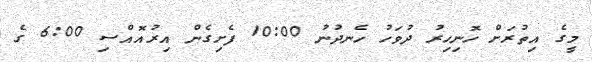
މީގެ އިތުރަށް ހޮނިހިރު ދުވަހު ހެނދުނު 10:00 ފެށިގެން އިރުއޮއްސި 6:00 ގެ